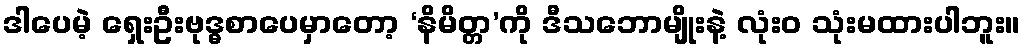
ဒါပေမဲ့ ရှေးဦးဗုဒ္ဓစာပေမှာတော့ ‘နိမိတ္တ’ကို ဒီသဘောမျိုးနဲ့ လုံးဝ သုံးမထားပါဘူး။